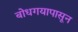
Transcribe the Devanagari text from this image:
बोधगयापासून